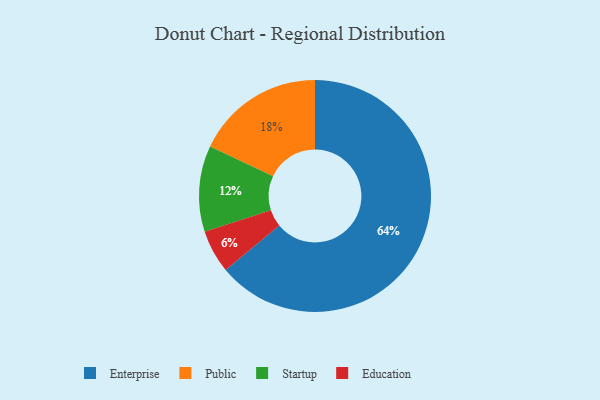
{"axis": {"x": "Category", "y": "Percentage"}, "legend": ["Education", "Enterprise", "Public", "Startup"], "data": [{"x": "Education", "y": 6, "type": "Education"}, {"x": "Startup", "y": 12, "type": "Startup"}, {"x": "Public", "y": 18, "type": "Public"}, {"x": "Enterprise", "y": 64, "type": "Enterprise"}]}